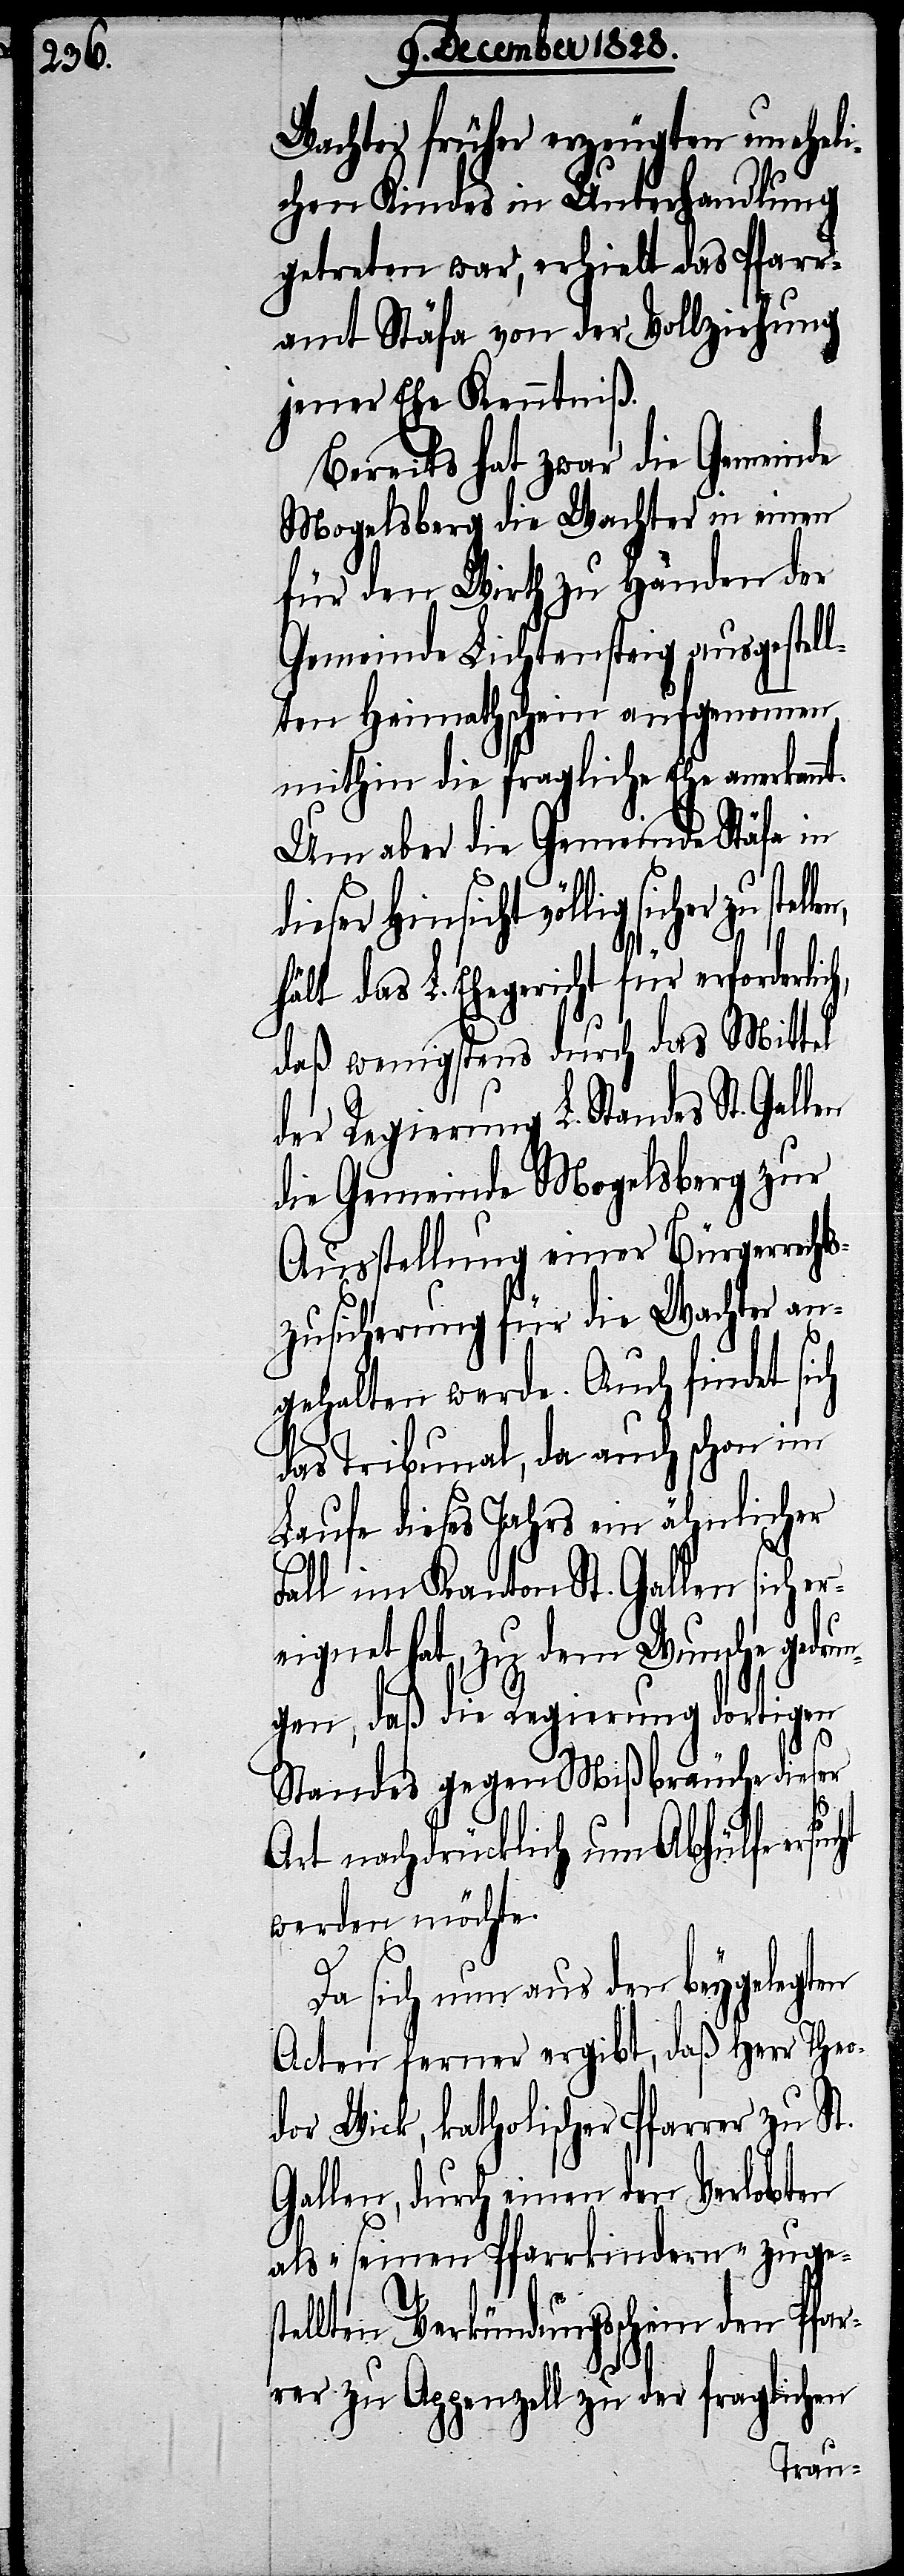
Wachter früher erzeugten uneheli¬
chen Kindes in Unterhandlung
getreten war, erhielt das Pfarr¬
amt Stäfa von der Vollziehung
jener Ehe Kenntniß.
Bereits hat zwar die Gemeinde
Mogelsberg die Wachter in einen
für den Wirth zu Handen der
Gemeinde Lichtensteig ausgestel¬
lten Heimathschein aufgenommen
mithin die fragliche Ehe anerkannt.
Um aber die Gemeinde Stäfa in
dieser Hinsicht völlig sicher
hält das L. Ehegericht für erforderli¬
daß wenigstens durch das Mittel
der Regierung L. Standes St.
die Gemeinde Mogelsberg zur
Ausstellung einer Bürgerrechts¬
zusicherung für die Wachter an¬
gehalten werde. Auch findet si¬
das Tribunal, da auch schon im
Laufe dieses Jahres ein ähnlicher
Fall im Kanton St. Gallen sich er¬
eignet hat, zu dem Wunsche ged¬
gen, daß die Regierung dortigen
ch,
Standes gegen Mißbräuche dieser
ht
Art nachdrücklich um Abhülfe ersuc¬
werden möchte.
Da sich nun aus den beygelegten
Acten ferner ergibt, daß Herr Theo¬
dor Wick, katholischer Pfarrer zu St.
Gallen, durch einen den Verlobten
als „seinen Pfarrkindern“ zuge¬
stellten Verkündungsschein den Pfar¬
rer zu Appenzell zu der fraglichen
run¬